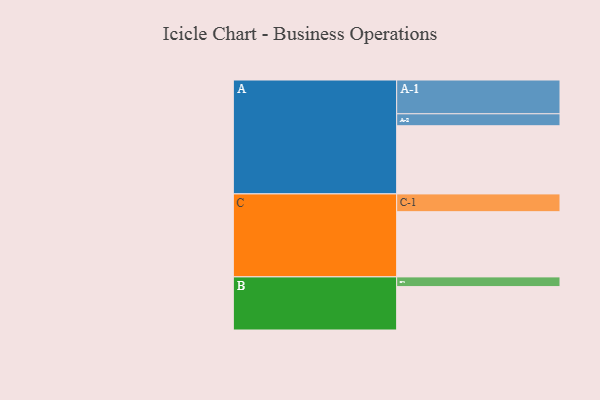
{"axis": {"x": "Segment", "y": "Value"}, "legend": ["", "A", "B", "C"], "data": [{"x": "A", "y": 575, "type": ""}, {"x": "B", "y": 366, "type": ""}, {"x": "C", "y": 550, "type": ""}, {"x": "A-1", "y": 285, "type": "A"}, {"x": "A-2", "y": 101, "type": "A"}, {"x": "B-1", "y": 82, "type": "B"}, {"x": "C-1", "y": 150, "type": "C"}]}